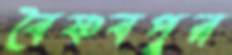
বৈষ্ণবপুর